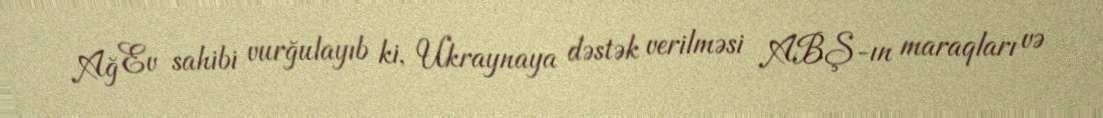
Ağ Ev sahibi vurğulayıb ki, Ukraynaya dəstək verilməsi ABŞ-ın maraqları və